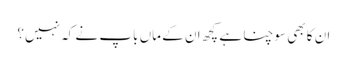
ان کا بھی سوچنا ہے کچھ ان کے ماں باپ نے کہ نہیں؟